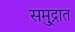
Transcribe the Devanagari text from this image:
समु्द्रात